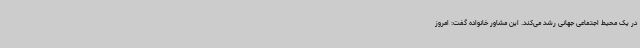
در یک محیط اجتماعی جهانی رشد می‌کند. این مشاور خانواده گفت: امروز